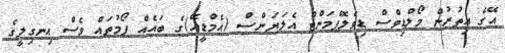
އޭގެ އިތުރުން މޯލްޑިވްސް ޑިވެލޮޕްމަންޓް އެލަޔަންސް (އެމްޑީއޭ)ގެ ބައެއް ފޯމުތައް ވެސް އިނގިލީގެ